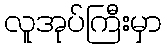
လူအုပ်ကြီးမှာ